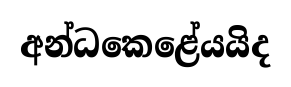
අන්ධකෙළේයයිද